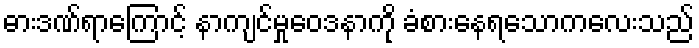
ဓားဒဏ်ရာကြောင့် နာကျင်မှုဝေဒနာကို ခံစားနေရသောကလေးသည်